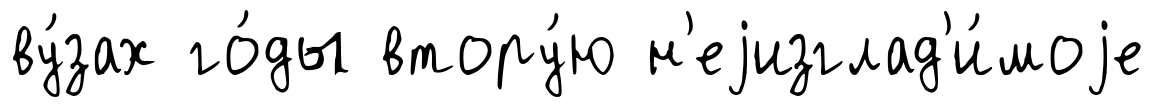
ву́зах го́ды втору́ю н'еjизглад'и́моjе